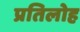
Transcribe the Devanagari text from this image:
प्रतिलोह